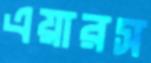
এয়ারস